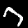
Label: 7